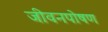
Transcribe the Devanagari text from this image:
जीवनपोषण